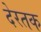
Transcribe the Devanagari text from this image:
देरतक